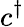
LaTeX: c^{\dagger}